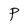
Character: P